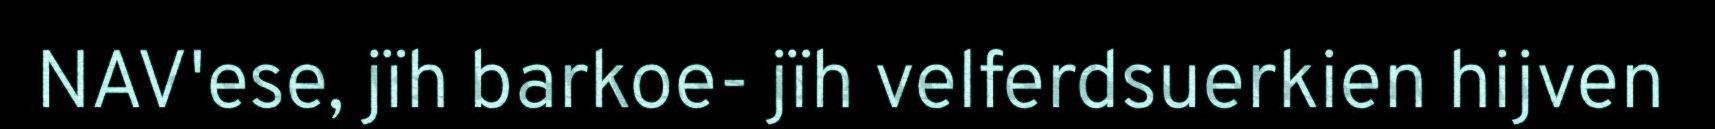
NAV'ese, jïh barkoe- jïh velferdsuerkien hijven